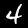
Digit: 4